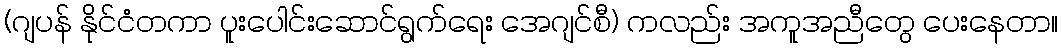
(ဂျပန် နိုင်ငံတကာ ပူးပေါင်းဆောင်ရွက်ရေး အေဂျင်စီ) ကလည်း အကူအညီတွေ ပေးနေတာ။